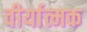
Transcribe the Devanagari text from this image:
वीर्यात्मक